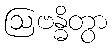
ဩဗန္ဓိတွာ